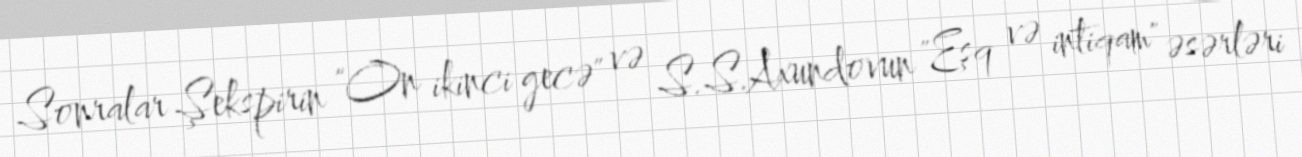
Sonralar Şekspirin "On ikinci gecə" və S.S.Axundovun "Eşq və intiqam" əsərləri